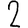
Digit: 2